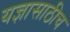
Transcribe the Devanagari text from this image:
यज्ञासाठीच